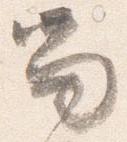
尚